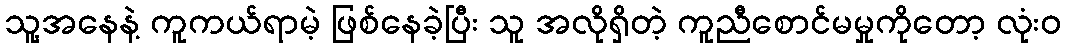
သူ့အနေနဲ့ ကူကယ်ရာမဲ့ ဖြစ်နေခဲ့ပြီး သူ အလိုရှိတဲ့ ကူညီစောင်မမှုကိုတော့ လုံးဝ